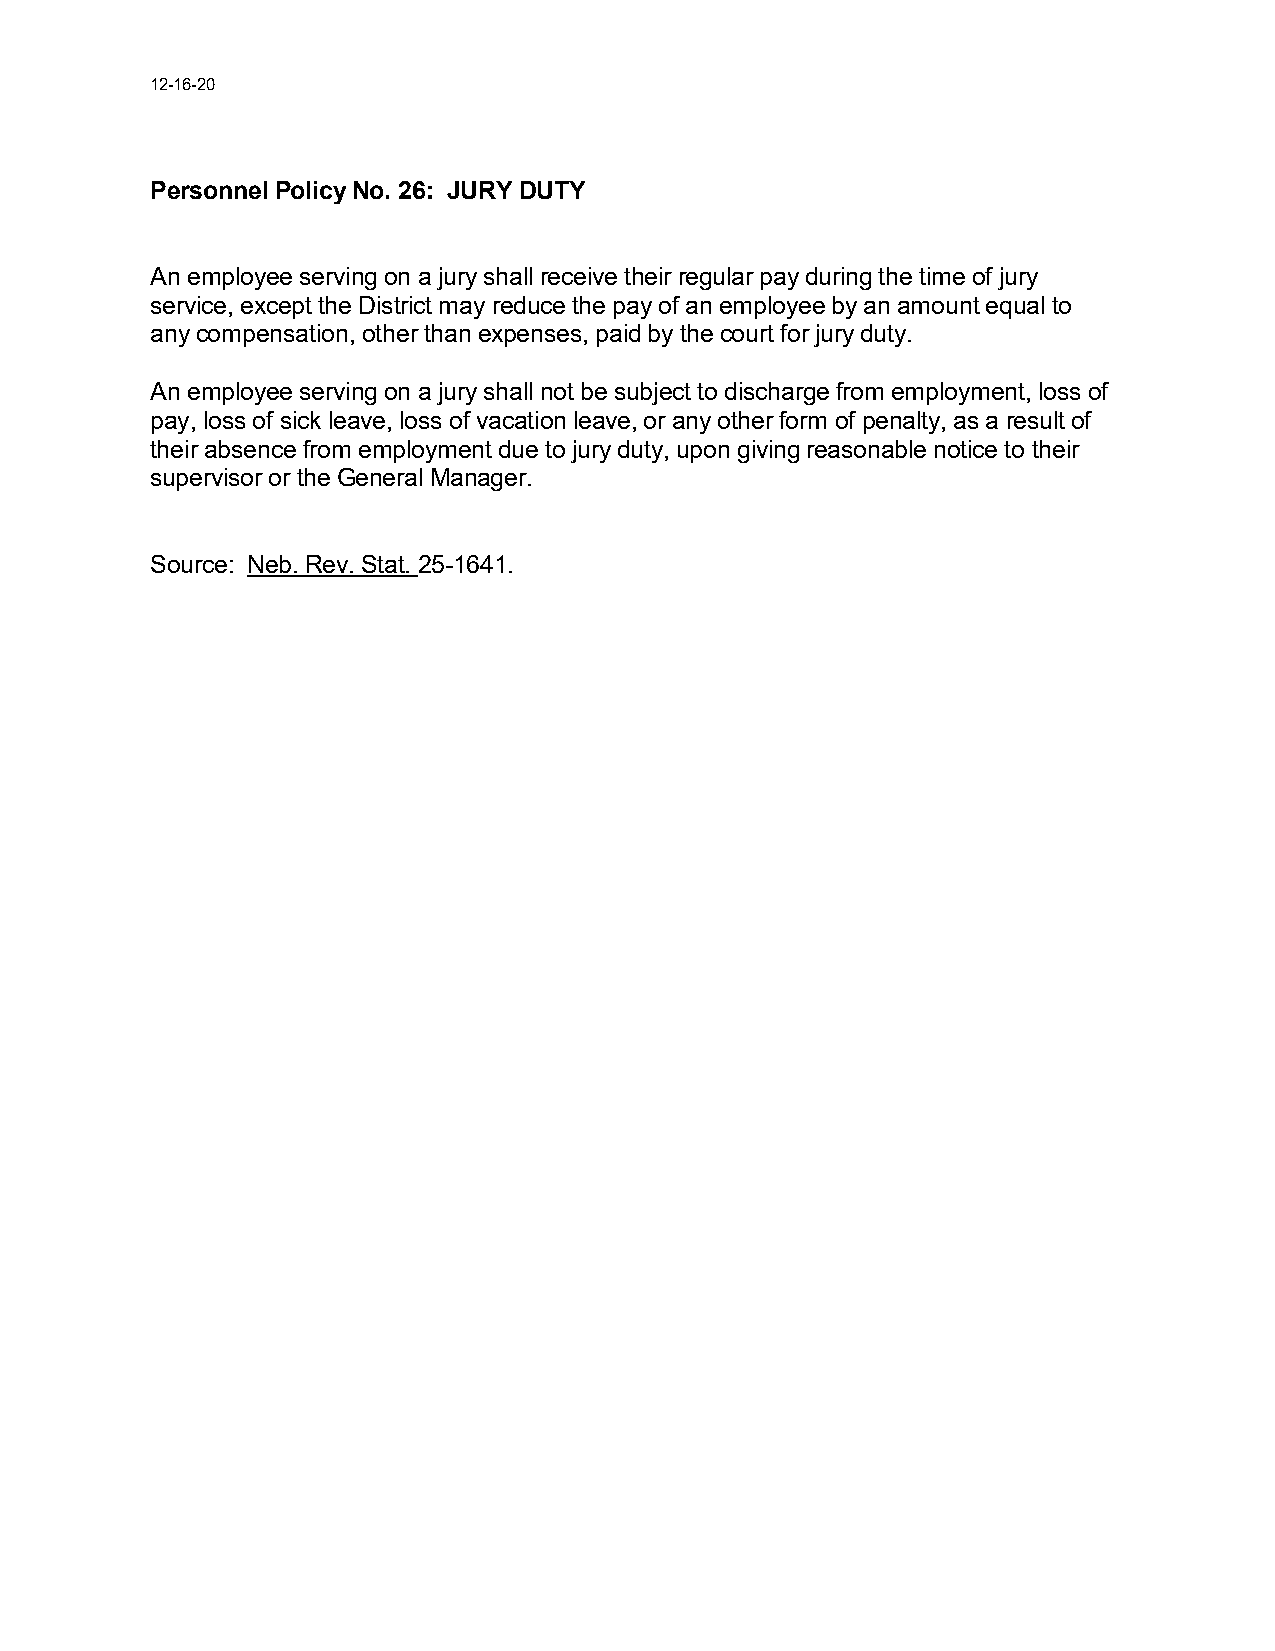
12-16-20
 Personnel Policy No. 26: JURY DUTY
 An employee serving on a jury shall receive their regular pay during the time of jury
 service, except the District may reduce the pay of an employee by an amount equal to
 any compensation, other than expenses, paid by the court for jury duty.
 An employee serving on a jury shall not be subject to discharge from employment, loss of
 pay, loss of sick leave, loss of vacation leave, or any other form of penalty, as a result of
 their absence from employment due to jury duty, upon giving reasonable notice to their
 supervisor or the General Manager.
 Source: Neb. Rev. Stat. 25-1641.